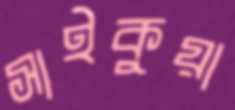
সাইকুয়া